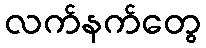
လက်နက်တွေ